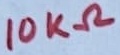
Text: 10KΩ